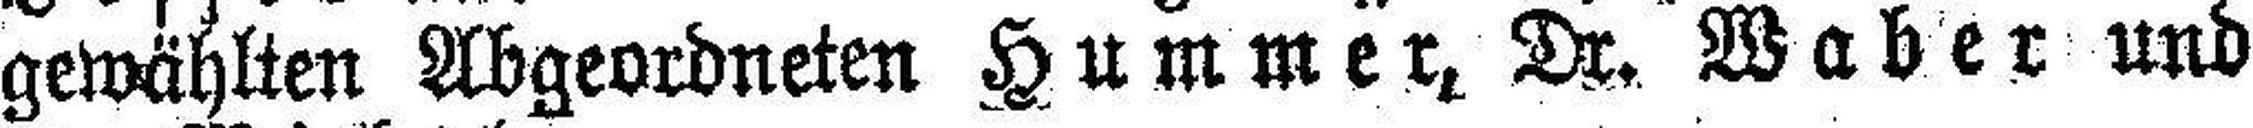
gewählten Abgeordneten Hummer, Dr. Waber und